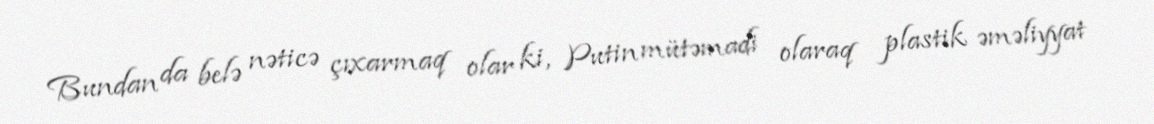
Bundan da belə nəticə çıxarmaq olar ki, Putin mütəmadi olaraq plastik əməliyyat